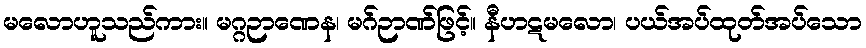
မလောဟူသည်ကား။ မဂ္ဂဉာဏေန၊ မဂ်ဉာဏ်ဖြင့်။ နီဟဋမလော၊ ပယ်အပ်ထုတ်အပ်သော